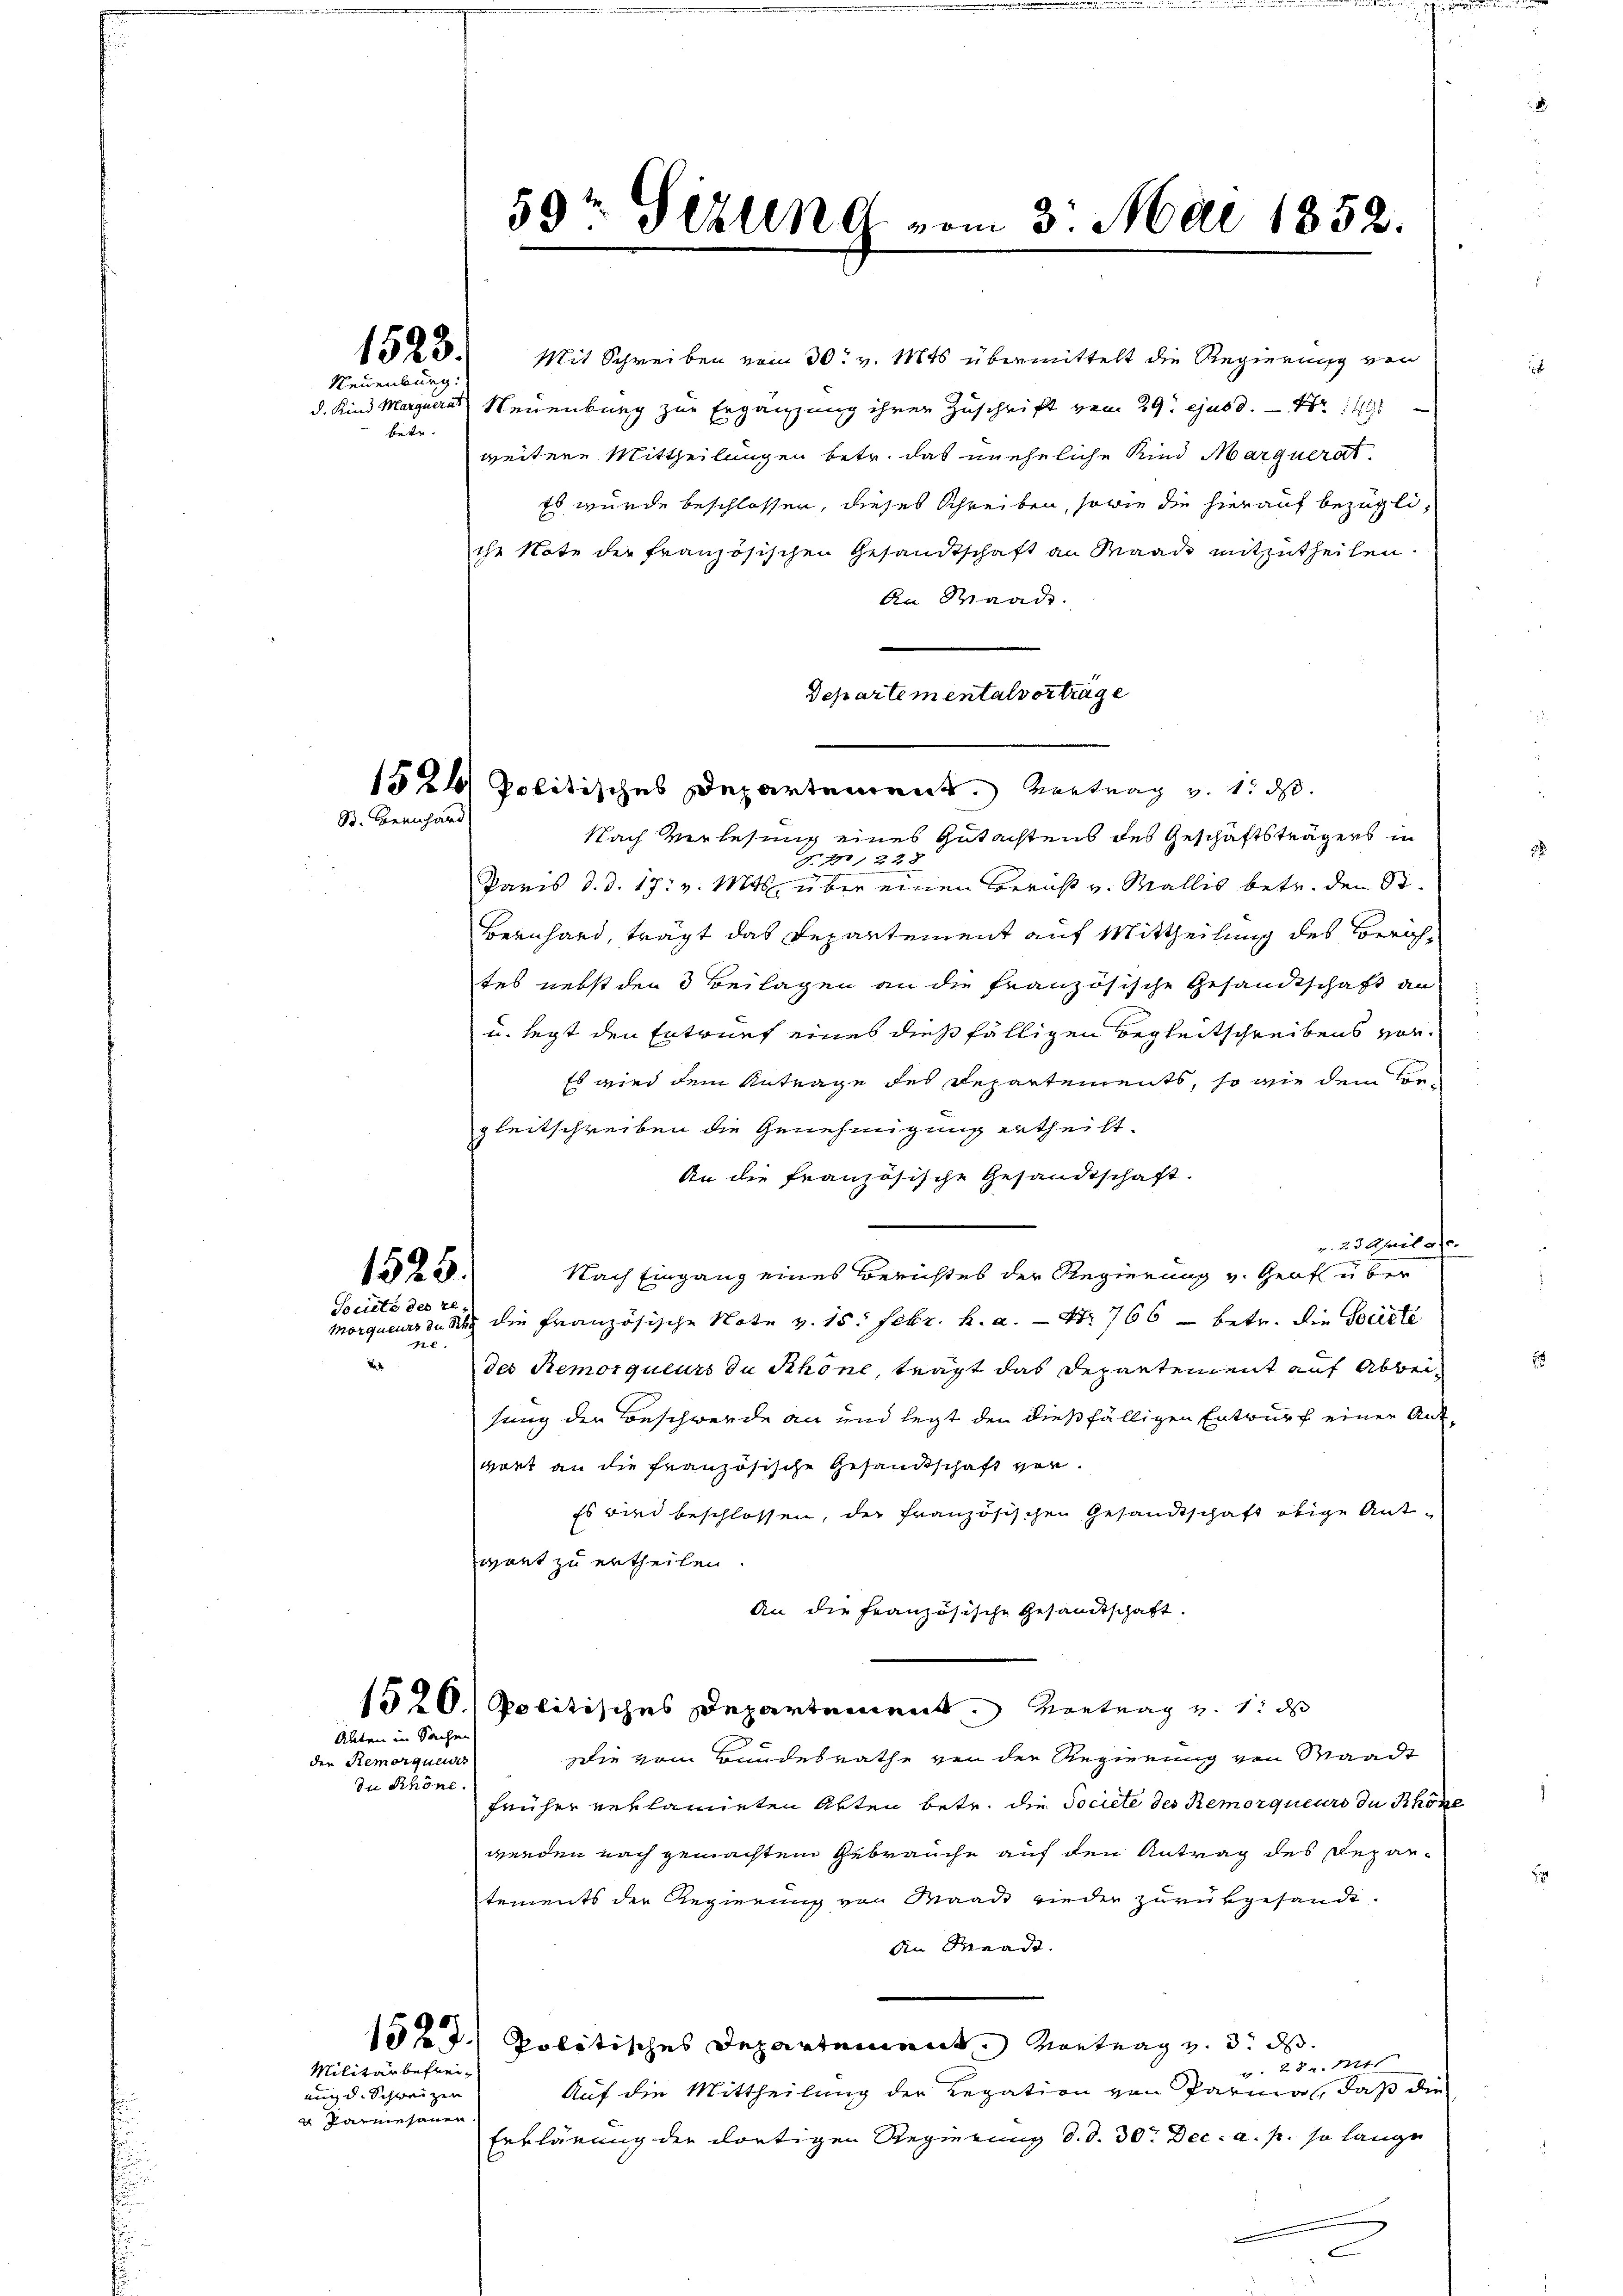
1523.
Neuenburg:

betr.

B. Bernhard

1525.
Société des re¬

.
2

Alten in Sachen

die Remoriqueris
Du Schöne.

Militärbefreiung d. Schweizen
Parmesauer.

59t Sezung vom 3. Mai 1852.

Mit Schreiben vom 30. v. Mts. übermittelt die Regierung von
d. Kind Margueras Neuenburg zur Ergänzung ihrer Zuschrift vom 29t ejusd. — Nr 149
weitere Mittheilungen betr. das uneheliche Kind Marquerat
Es wurde beschlossen, dieses Schreiben, sowie die hierauf bezügliche Note der Französischen Gesandtschaft an Waadt mitzutheilen.
An Waade.
Departementalvortrage
1524 Politisches Departement. Vortrag v. 1. ds.
Nach Verlesung eines Gutachtens des Geschäftsträgers in
J. 171228
Paris d. d. 17. v. Mts. über einen Bericht v. Wallis betr. den St.
Bernhard, trägt das Repartement auf Mittheilung des Zürichtes nebst den 3 Beilagen an die französische Gesandtschaft an
u. legt den Entrief eines dießfälligen Begleitschreibens vor¬
Es wird dem Antrage des Departements, so wie dem Congleitschreiben die Genehmigung ertheilt.
An die französische Gesandtschaft.
v. 23. April a. c.
Nach Eingang eines Berichtes der Regierung v. Graf über
Morqueurs du Sey die französische Note v. 15. Febr. h. a. — Nr. 766 – betr. die Secte
des Remoiqueurs de Schöne, trägt das Departement auf Abbeisung der Beschwerde an und legt den dießfälligen Entwurf einer Antwort an die französische Gesandtschaft von
Es wird beschlossen, der französischen Gesandtschaft obige Antwort zu ertheilen.
An die französische Gesandtschaft.
1520.) Politisches Departement. Vortrag u. 1 d
Die vom Bundesrathe von der Regierung von Waadt
früher reklamieten Akten betr. die Societe des Remorqueurs du Khöss
werden nach gemachten Gebrauche auf den Antrag des Repartements der Regierung von Maad wieder zurükgesandt.
die Waadt.
1527. Politisches Departement. Vortrag und die das
. 28 u. Str
Auf die Mittheilung der Legation von Parma, daß die
Erklärung der dortigen Regierung d. d. 30. Dec. a. p. so lange

n
1